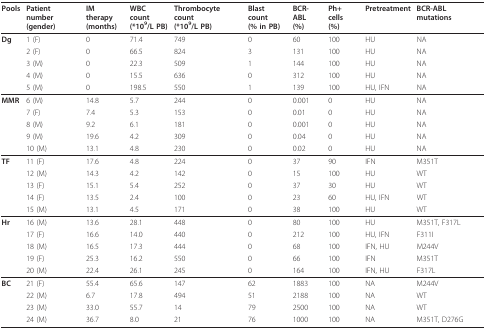
<table><thead><tr><td><b>Pools</b></td><td><b>Patient number (gender)</b></td><td><b>IM therapy (months)</b></td><td><b>WBC count (*10<sup>9</sup>/L PB)</b></td><td><b>Thrombocyte count (*10<sup>9</sup>/L PB)</b></td><td><b>Blast count (% in PB)</b></td><td><b>BCR-ABL (%)</b></td><td><b>Ph+ cells (%)</b></td><td><b>Pretreatment</b></td><td><b>BCR-ABL mutations</b></td></tr></thead><tbody><tr><td><b>Dg</b></td><td>1 (F)</td><td>0</td><td>71.4</td><td>749</td><td>0</td><td>60</td><td>100</td><td>HU</td><td>NA</td></tr><tr><td></td><td>2 (F)</td><td>0</td><td>66.5</td><td>824</td><td>3</td><td>131</td><td>100</td><td>HU</td><td>NA</td></tr><tr><td></td><td>3 (M)</td><td>0</td><td>22.3</td><td>509</td><td>1</td><td>144</td><td>100</td><td>HU</td><td>NA</td></tr><tr><td></td><td>4 (M)</td><td>0</td><td>15.5</td><td>636</td><td>0</td><td>312</td><td>100</td><td>HU</td><td>NA</td></tr><tr><td></td><td>5 (M)</td><td>0</td><td>198.5</td><td>550</td><td>1</td><td>139</td><td>100</td><td>HU, IFN</td><td>NA</td></tr><tr><td><b>MMR</b></td><td>6 (M)</td><td>14.8</td><td>5.7</td><td>244</td><td>0</td><td>0.001</td><td>0</td><td>HU</td><td>NA</td></tr><tr><td></td><td>7 (F)</td><td>7.4</td><td>5.3</td><td>153</td><td>0</td><td>0.01</td><td>0</td><td>HU</td><td>NA</td></tr><tr><td></td><td>8 (M)</td><td>9.2</td><td>6.1</td><td>181</td><td>0</td><td>0.001</td><td>0</td><td>HU</td><td>NA</td></tr><tr><td></td><td>9 (M)</td><td>19.6</td><td>4.2</td><td>309</td><td>0</td><td>0.04</td><td>0</td><td>HU</td><td>NA</td></tr><tr><td></td><td>10 (M)</td><td>13.1</td><td>4.8</td><td>230</td><td>0</td><td>0.02</td><td>0</td><td>HU</td><td>NA</td></tr><tr><td><b>TF</b></td><td>11 (F)</td><td>17.6</td><td>4.8</td><td>224</td><td>0</td><td>37</td><td>90</td><td>IFN</td><td>M351T</td></tr><tr><td></td><td>12 (M)</td><td>14.3</td><td>4.2</td><td>142</td><td>0</td><td>15</td><td>100</td><td>HU</td><td>WT</td></tr><tr><td></td><td>13 (F)</td><td>15.1</td><td>5.4</td><td>252</td><td>0</td><td>37</td><td>30</td><td>HU</td><td>WT</td></tr><tr><td></td><td>14 (F)</td><td>13.5</td><td>2.4</td><td>100</td><td>0</td><td>23</td><td>60</td><td>HU, IFN</td><td>WT</td></tr><tr><td></td><td>15 (M)</td><td>13.1</td><td>4.5</td><td>171</td><td>0</td><td>38</td><td>100</td><td>HU</td><td>WT</td></tr><tr><td><b>Hr</b></td><td>16 (M)</td><td>13.6</td><td>28.1</td><td>448</td><td>0</td><td>80</td><td>100</td><td>HU</td><td>M351T, F317L</td></tr><tr><td></td><td>17 (F)</td><td>16.6</td><td>14.0</td><td>440</td><td>0</td><td>212</td><td>100</td><td>HU, IFN</td><td>F311I</td></tr><tr><td></td><td>18 (M)</td><td>16.5</td><td>17.3</td><td>444</td><td>0</td><td>68</td><td>100</td><td>IFN, HU</td><td>M244V</td></tr><tr><td></td><td>19 (F)</td><td>25.3</td><td>16.2</td><td>550</td><td>0</td><td>66</td><td>100</td><td>IFN</td><td>M351T</td></tr><tr><td></td><td>20 (M)</td><td>22.4</td><td>26.1</td><td>245</td><td>0</td><td>164</td><td>100</td><td>IFN, HU</td><td>F317L</td></tr><tr><td><b>BC</b></td><td>21 (F)</td><td>55.4</td><td>65.6</td><td>147</td><td>62</td><td>1883</td><td>100</td><td>NA</td><td>M244V</td></tr><tr><td></td><td>22 (M)</td><td>6.7</td><td>17.8</td><td>494</td><td>51</td><td>2188</td><td>100</td><td>NA</td><td>WT</td></tr><tr><td></td><td>23 (M)</td><td>33.0</td><td>55.7</td><td>14</td><td>79</td><td>2500</td><td>100</td><td>NA</td><td>WT</td></tr><tr><td></td><td>24 (M)</td><td>36.7</td><td>8.0</td><td>21</td><td>76</td><td>1000</td><td>100</td><td>NA</td><td>M351T, D276G</td></tr></tbody></table>